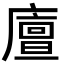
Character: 𢋃